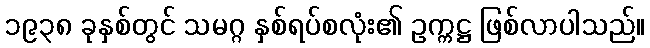
၁၉၃၈ ခုနှစ်တွင် သမဂ္ဂ နှစ်ရပ်စလုံး၏ ဥက္ကဋ္ဌ ဖြစ်လာပါသည်။